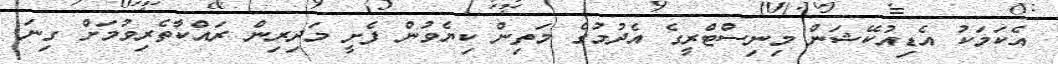
އެކަމަކު އެޑިއުކޭޝަން މިނިސްޓްރީގެ އެދުމުގެ މަތިން ކިޔެވުން ފެށީ މަދިރިން ރައްކާތެރިވުމަށް ގިނަ